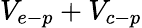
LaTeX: V_{e-p}+V_{c-p}